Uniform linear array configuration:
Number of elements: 64
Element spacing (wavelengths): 0.25
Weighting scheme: cosine
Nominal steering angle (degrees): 60
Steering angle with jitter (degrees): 61.893
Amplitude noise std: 0.05
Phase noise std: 0.05

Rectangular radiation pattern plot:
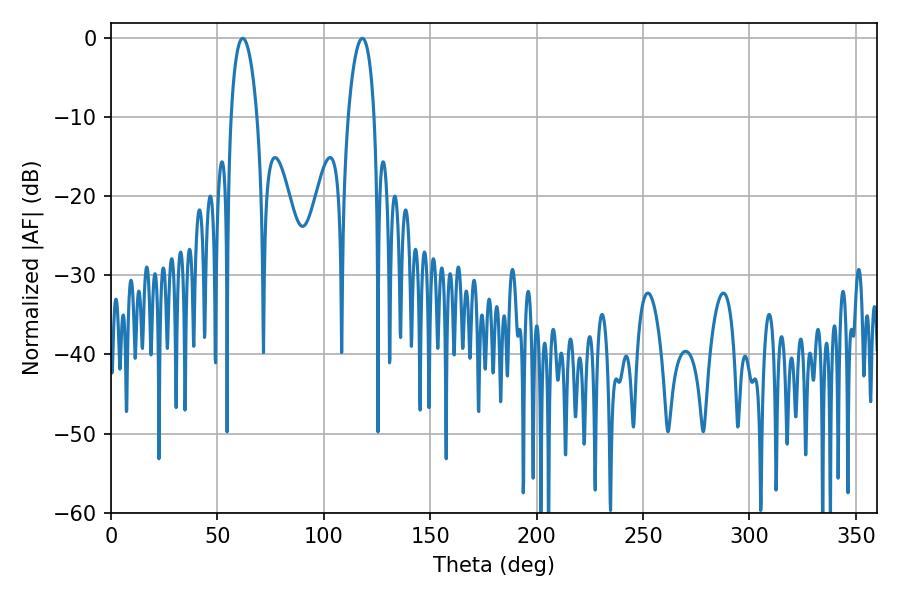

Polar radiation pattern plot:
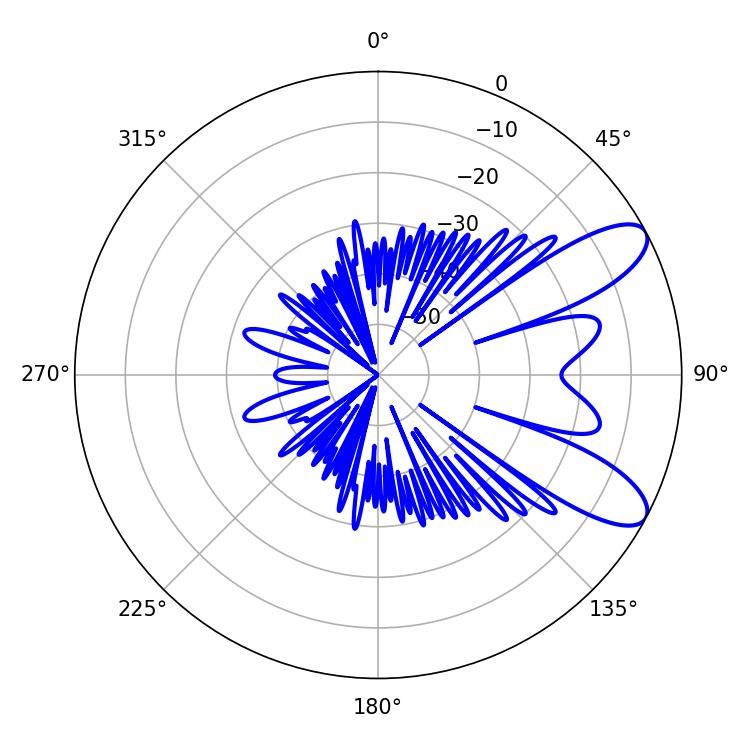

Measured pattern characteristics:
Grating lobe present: FALSE
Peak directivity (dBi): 9.229
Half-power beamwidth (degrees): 6.84
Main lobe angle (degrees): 61.92